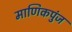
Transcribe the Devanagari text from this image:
माणिकपुंज